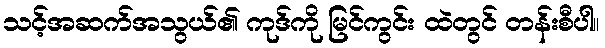
သင့်အဆက်အသွယ်၏ ကုဒ်ကို မြင်ကွင်း ထဲတွင် တန်းစီပါ။